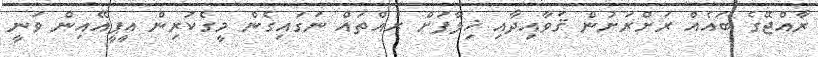
ރާއްޖޭގެ ބައެއް ރަށްރަށުން ޤަވާއިދާއި ޚިލާފަށް ރުއްތައް ނަގައިގެން މީގެކުރިން އީޕީއޭއިން ވަނީ